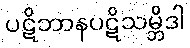
ပဋိဘာနပဋိသမ္ဘိဒါ